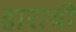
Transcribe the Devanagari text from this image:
हाराची